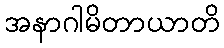
အနာဂါမိတာယာတိ